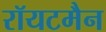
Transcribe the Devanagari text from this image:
रॉयटमैन